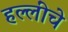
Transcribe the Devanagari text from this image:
हल्लींचे